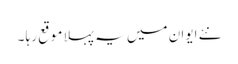
نئے ایوان میں یہ پہلا موقع رہا ۔